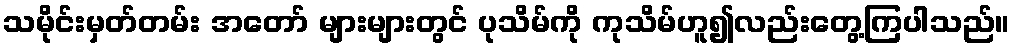
သမိုင်းမှတ်တမ်း အတော် များများတွင် ပုသိမ်ကို ကုသိမ်ဟူ၍လည်းတွေ့ကြပါသည်။